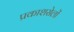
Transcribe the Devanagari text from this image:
प्रकाशसेलों